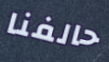
حالفنا